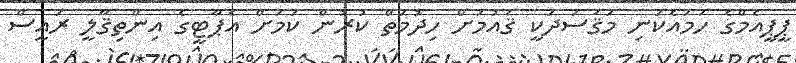
ޕީޕީއެމްގެ ހަމައެކަނި މަޤުސަދަކީ ޤައުމަށް ހިދުމަތް ކުރުން ކަމަށް އެޕާޓީގެ އިންތިޤާލީ ރައީސް